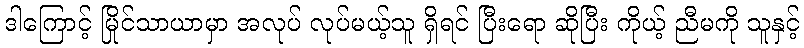
ဒါကြောင့် မြိုင်သာယာမှာ အလုပ် လုပ်မယ့်သူ ရှိရင် ပြီးရော ဆိုပြီး ကိုယ့် ညီမကို သူနှင့်